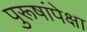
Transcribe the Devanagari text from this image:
पुरूषांपेक्षा